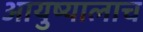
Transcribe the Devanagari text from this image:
आयुष्यालाच